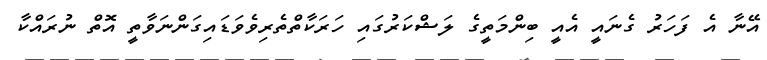
އޭނާ އެ ފަހަރު ގެނައީ އެއީ ބިންމަތީގެ ލަޝްކަރުގައި ހަރަކާތްތެރިވެވަޑައިގަންނަވާތީ އޮތް ނުރައްކާ